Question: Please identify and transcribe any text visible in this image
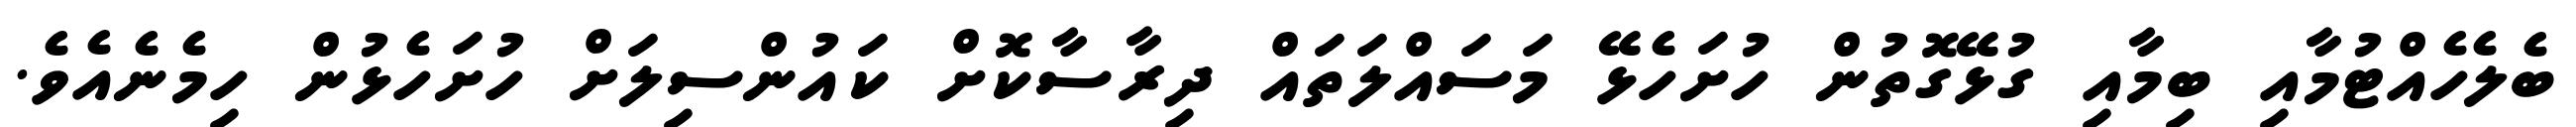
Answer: ބެލެހެއްޓުމާއި ބިމާއި ގުޅޭގޮތުން ހުށަހެޅޭ މަސައްލަތައް ދިރާސާކޮށް ކައުންސިލަށް ހުށަހެޅުން ހިމެނެއެވެ.